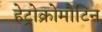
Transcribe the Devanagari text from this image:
हेट्रोक्रोमौटिन